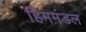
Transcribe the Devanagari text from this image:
हिममंडल